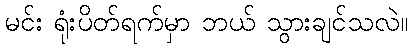
မင်း ရုံးပိတ်ရက်မှာ ဘယ် သွားချင်သလဲ။